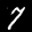
Label: 7